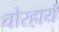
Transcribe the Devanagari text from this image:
चोरहार्यं